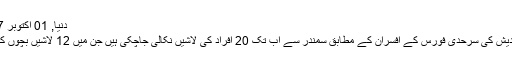
دنیا, 01 اکتوبر 2017
بنگلہ دیش کی سرحدی فورس کے افسران کے مطابق سمندر سے اب تک 20 افراد کی لاشیں نکالی جاچکی ہیں جن میں 12 لاشیں بچوں کی ہیں۔